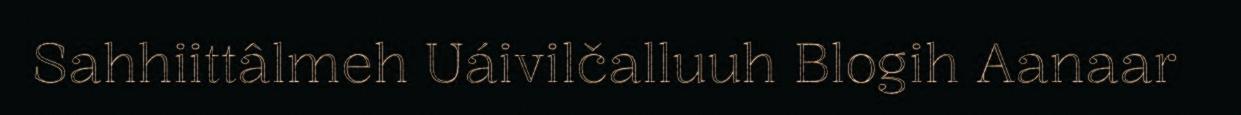
Sahhiittâlmeh Uáivilčalluuh Blogih Aanaar